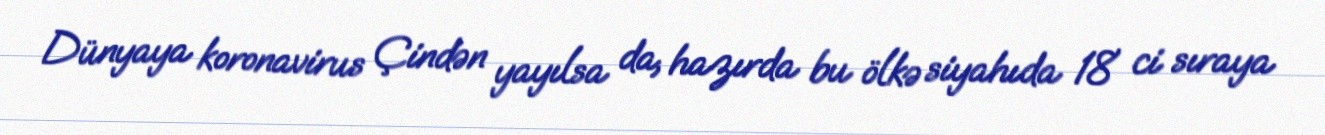
Dünyaya koronavirus Çindən yayılsa da, hazırda bu ölkə siyahıda 18 ci sıraya